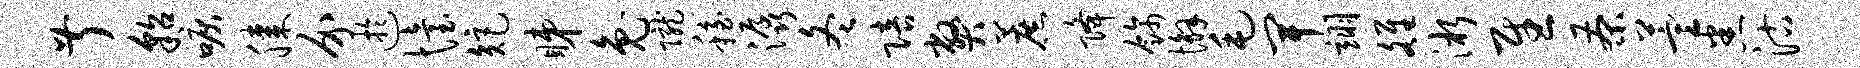
叔貂唳膝介迂怡矩睇兔陇稳潺冬陪弊蔗降饰懈毛卑翊雒淅慰茶萱悉沽